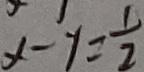
x - y = \frac { 1 } { 2 }